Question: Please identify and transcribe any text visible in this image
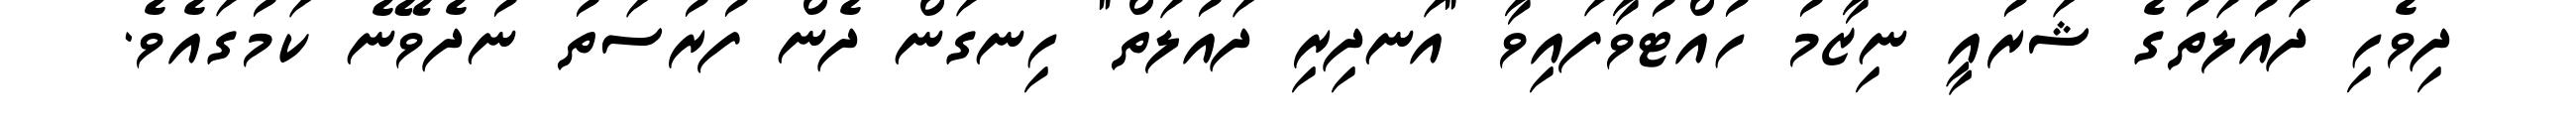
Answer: ދިވެހި ދައުލަތުގެ ޝަރުއީ ނިޒާމު ހުއްޓުވާފައިވާ "އަނދިރި ދައުލަތް" ހިނގަން ދެން ފުރުސަތު ނުދެވޭނެ ކަމުގައެވެ.